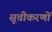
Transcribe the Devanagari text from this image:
सूचीकरणों